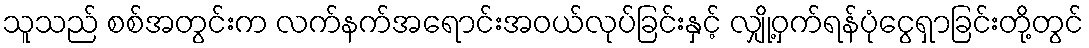
သူသည် စစ်အတွင်းက လက်နက်အရောင်းအဝယ်လုပ်ခြင်းနှင့် လျှို့ဝှက်ရန်ပုံငွေရှာခြင်းတို့တွင်